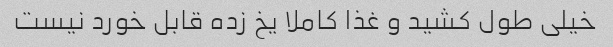
خیلی طول کشید و غذا کاملا یخ زده قابل خورد نیست